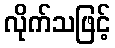
လိုက်သဖြင့်